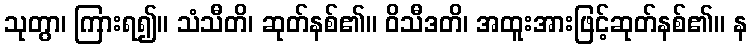
သုတွာ၊ ကြားရ၍။ သံသီတိ၊ ဆုတ်နစ်၏။ ဝိသီဒတိ၊ အထူးအားဖြင့်ဆုတ်နစ်၏။ န